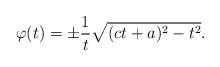
LaTeX: \begin{align*} \varphi(t) = \pm \frac{1}{t} \sqrt{(c t+a)^2 -t^2}.\end{align*}